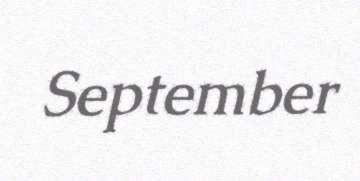
September